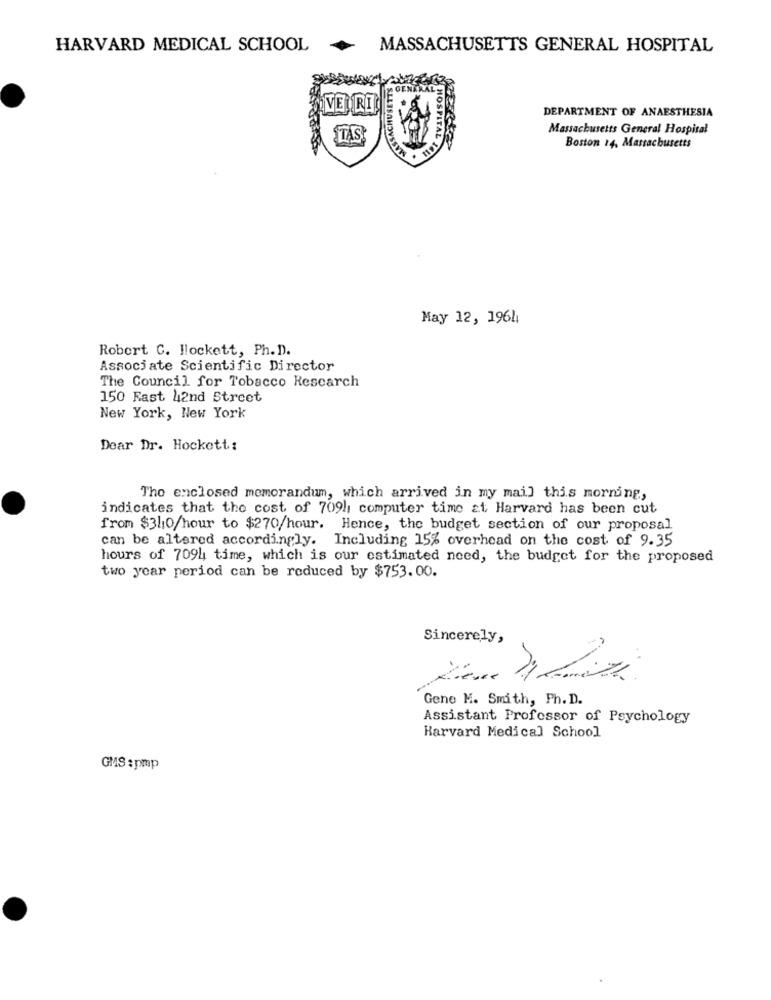
HARVARD MEDICAL SCHOOL
MASSACHUSETTS GENERAL HOSPITAL
MASSACHUSETTS
VEN RT
DEPARTMENT OF ANAESTHESIA
Massachusetts General Hospital
TAS
HOSPITAL IQUI
Boston 14, Massachusetts
May 12, 1961
Robert C. Hlockett, Ph. D.
Associate Scientific Director
The Council for Tobacco Research
150 Fast 42nd Street
New York, New York
Dear Dr. Hockett:
The enclosed memorandum, which arrived in my mail this morning,
indicates that the cost of 709h, computer time at Harvard has been cut
from $31:0/hour to $270/hour. Hence, the budget section of our proposal
can be altered accordingly. Including 15% overhead on the cost of 9.35
hours of 7094 time, which is our estimated need, the budget for the proposed
two year period can be reduced by $753.00.
Sincerely,
Gene M. Smith, Ph. D.
Assistant Professor of Psychology
Harvard Medical School
GMS :pmp